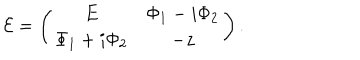
LaTeX: { \cal E } = \left( \begin{matrix} { { E } } & { { \Phi _ { 1 } - i \Phi _ { 2 } } } \\ { { \Phi _ { 1 } + i \Phi _ { 2 } } } & { { - z } } \\ \end{matrix} \right) .